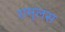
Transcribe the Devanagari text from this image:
रामुलस